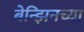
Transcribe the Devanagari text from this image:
बेन्झिनच्या